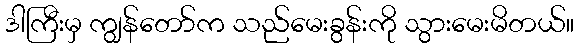
ဒါကြီးမှ ကျွန်တော်က သည်မေးခွန်းကို သွားမေးမိတယ်။